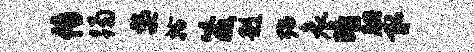
传躅嫠拎箴赳殆哀暗腆取